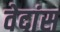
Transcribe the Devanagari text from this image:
वेदांस